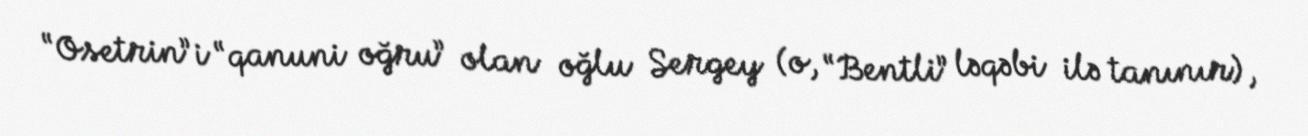
“Osetrin”i “qanuni oğru” olan oğlu Sergey (o, “Bentli” ləqəbi ilə tanınır),